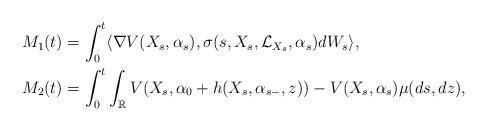
LaTeX: \begin{align*}M_1(t)&= \int_0^t \langle \nabla V(X_s,\alpha_s), \sigma(s,X_s,\mathcal{L}_{X_s},\alpha_s)dW_s\rangle,\\M_2(t)&= \int_0^t \int_{\mathbb R} V(X_s,\alpha_0+ h(X_s, \alpha_{s-}, z))- V(X_s,\alpha_s) \mu(ds,dz),\end{align*}